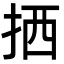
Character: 拪